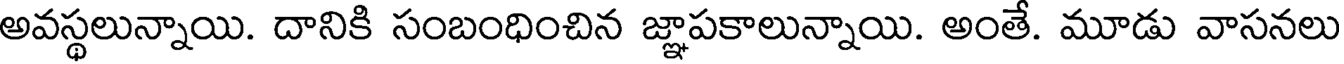
అవస్థలున్నాయి. దానికి సంబంధించిన జ్ఞాపకాలున్నాయి. అంతే. మూడు వాసనలు